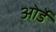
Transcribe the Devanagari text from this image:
ओर्डे